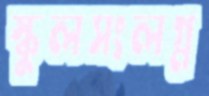
স্কুলসংলগ্ন